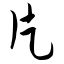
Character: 片